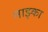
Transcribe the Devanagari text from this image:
नाझ्का